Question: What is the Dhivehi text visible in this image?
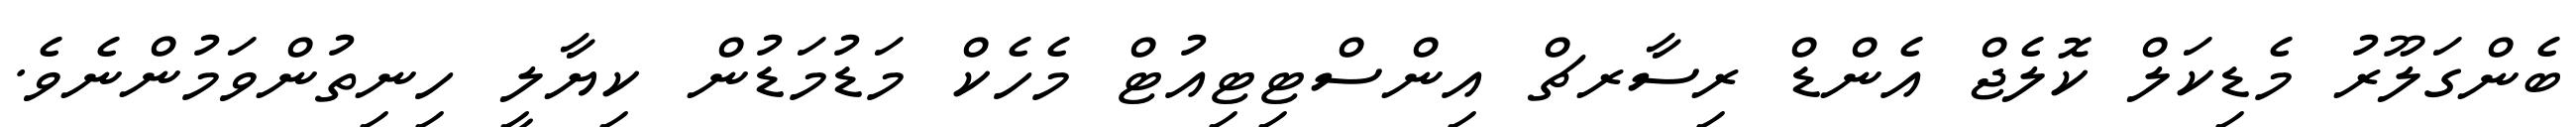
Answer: ބެންގަލޫރު މެޑިކަލް ކޮލެޖް އެންޑް ރިސާރޗް އިންސްޓިޓިއުޓް މެހެކް މަޑުމަޑުން ކިޔާލީ ހިނިތުންވަމުންނެވެ.